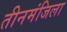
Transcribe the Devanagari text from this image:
तीनमंजिला